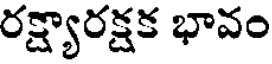
రక్ష్యారక్షక భావం